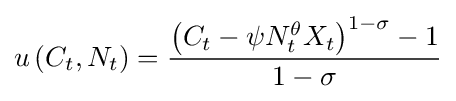
u\left({C_{t},N_{t}}\right)={\frac {\left(C_{t}-\psi N_{t}^{\theta }X_{t}\right)^{1-\sigma }-1}{1-\sigma }}